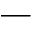
-